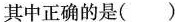
其中正确的是（）